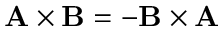
\mathbf { A } \times \mathbf { B } = \mathbf { - B } \times \mathbf { A }